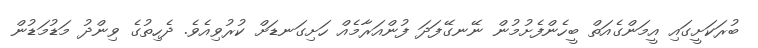
ބުރަކަށީގައި އީމަންގެއަތް ބީހެންފެށުމުން ނޭނގޭފަދަ ފުންއަރާމެއް ހަށިގަނޑަށް ކުރުވިއެވެ. ދެހިތުގެ ވިންދު މަޑުމަޑުން